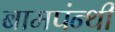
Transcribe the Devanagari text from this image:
बामपंन्थी